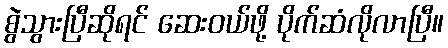
စွဲသွားပြီဆိုရင် ဆေးဝယ်ဖို့ ပိုက်ဆံလိုလာပြီ။